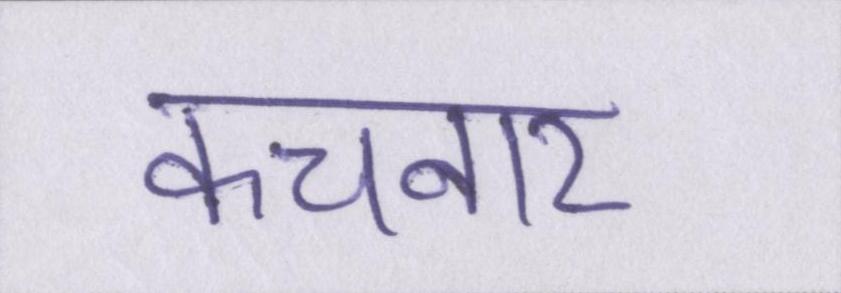
कचनार